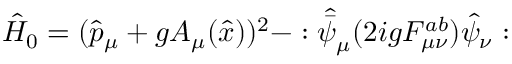
\hat { H } _ { 0 } = ( \hat { p } _ { \mu } + g A _ { \mu } ( \hat { x } ) ) ^ { 2 } - : \hat { \bar { \psi } } _ { \mu } ( 2 i g F _ { \mu \nu } ^ { a b } ) \hat { \psi } _ { \nu } :